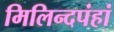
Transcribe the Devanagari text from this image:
मिलिन्दपंहां